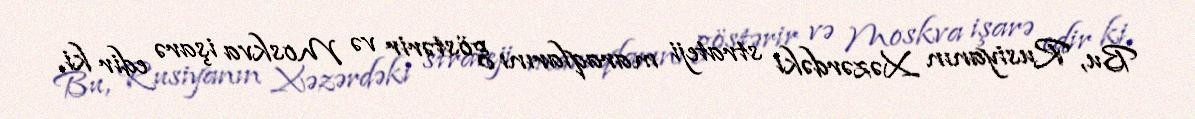
Bu, Rusiyanın Xəzərdəki strateji maraqlarını göstərir və Moskva işarə edir ki,